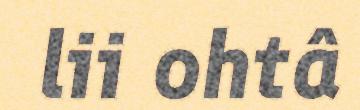
lii ohtâ